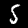
Digit: 5